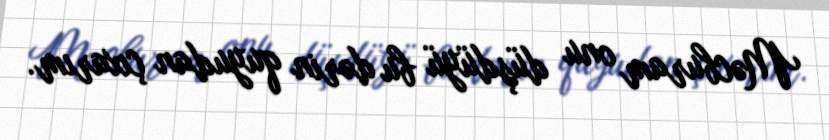
Məcburam onu düşdüyü bu dərin quyudan çıxarım.